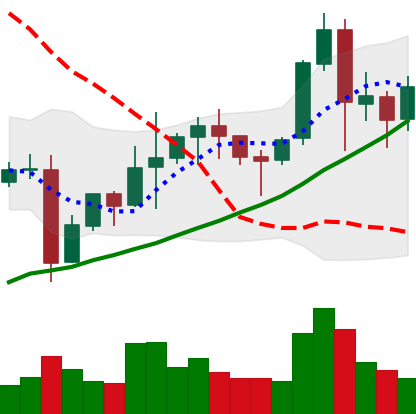
Ticker: NEO-USD
Chart end date: 2021-11-13
Forward return: -18.943%
Label: down_7plus